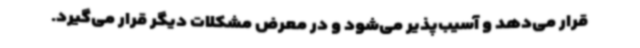
قرار می‌دهد و آسیب‌پذیر می‌شود و در معرض مشکلات دیگر قرار می‌گیرد.